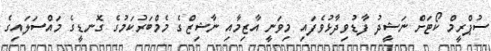
ސުޕްރީމް ކޯޓަށް ނަޝީދު ފާޑުވިދާޅުވެފައި މިވަނީ އާޒިމާއި ނާޝިޒްގެ މެމްބަރުކަމުގެ ގޮނޑީގެ މައްސަލައިގެ